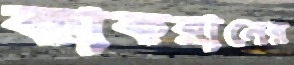
কাকরানের